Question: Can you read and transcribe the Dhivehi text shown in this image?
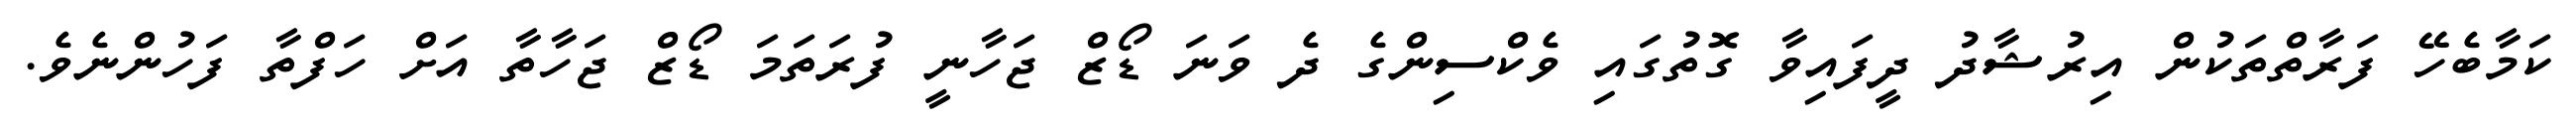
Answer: ކަމާބެހޭ ފަރާތްތަކުން އިރުޝާދު ދީފައިވާ ގޮތުގައި ވެކްސިންގެ ދެ ވަނަ ޑޯޒް ޖަހާނީ ފުރަތަމަ ޑޯޒް ޖަހާތާ އަށް ހަފްތާ ފަހުންނެވެ.